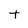
Character: t